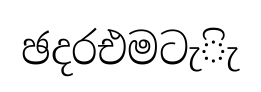
ඡදරඑමටැිැ